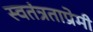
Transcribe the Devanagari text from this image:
स्वतंत्रताप्रेमी